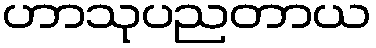
ဟာသုပညတာယ